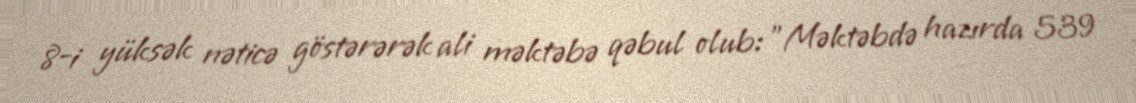
8-i yüksək nəticə göstərərək ali məktəbə qəbul olub: "Məktəbdə hazırda 539